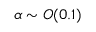
\alpha \sim O ( 0 . 1 )